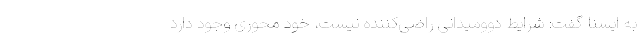
به ایسنا گفت: شرایط دوومیدانی راضی‌کننده نیست، خود محوری وجود دارد